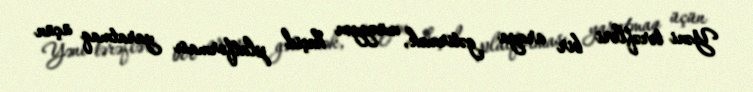
Yəni tərəfləri bir araya gətirmək, müəyyən keçid platforması yaratmaq üçün